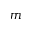
m